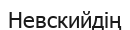
Невскийдің